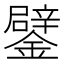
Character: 鐾